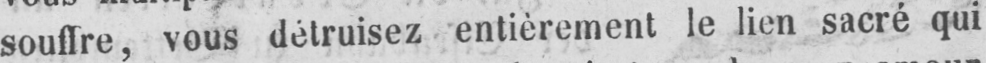
souffre, vous détruisez entièrement le lien sacré qui